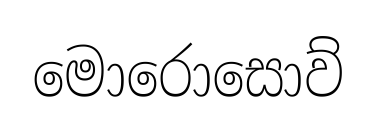
මොරොසොව්